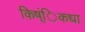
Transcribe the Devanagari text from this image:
किष्ंिकधा